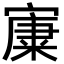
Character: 𡪼